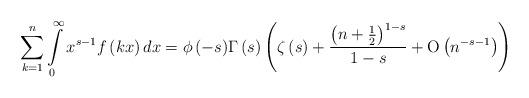
LaTeX: \begin{align*}\sum\limits_{k = 1}^n {\int\limits_0^\infty {{x^{s - 1}}f\left( {kx} \right)dx} = \phi \left( { - s} \right)} \Gamma \left( s \right)\left( {\zeta \left( s \right) + \frac{{{{\left( {n + \frac{1}{2}} \right)}^{1 - s}}}}{{1 - s}} + {\rm O}\left( {{n^{ - s - 1}}} \right)} \right) \end{align*}